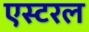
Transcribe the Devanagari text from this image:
एस्टरल